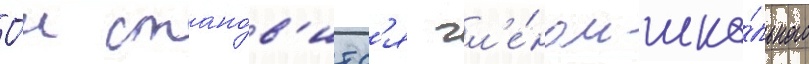
О́н стано́в'итс'я чл'е́ном шко́льного